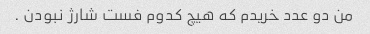
من دو عدد خریدم که هیچ کدوم فست شارژ نبودن .